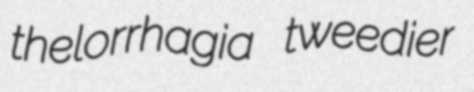
thelorrhagia tweedier